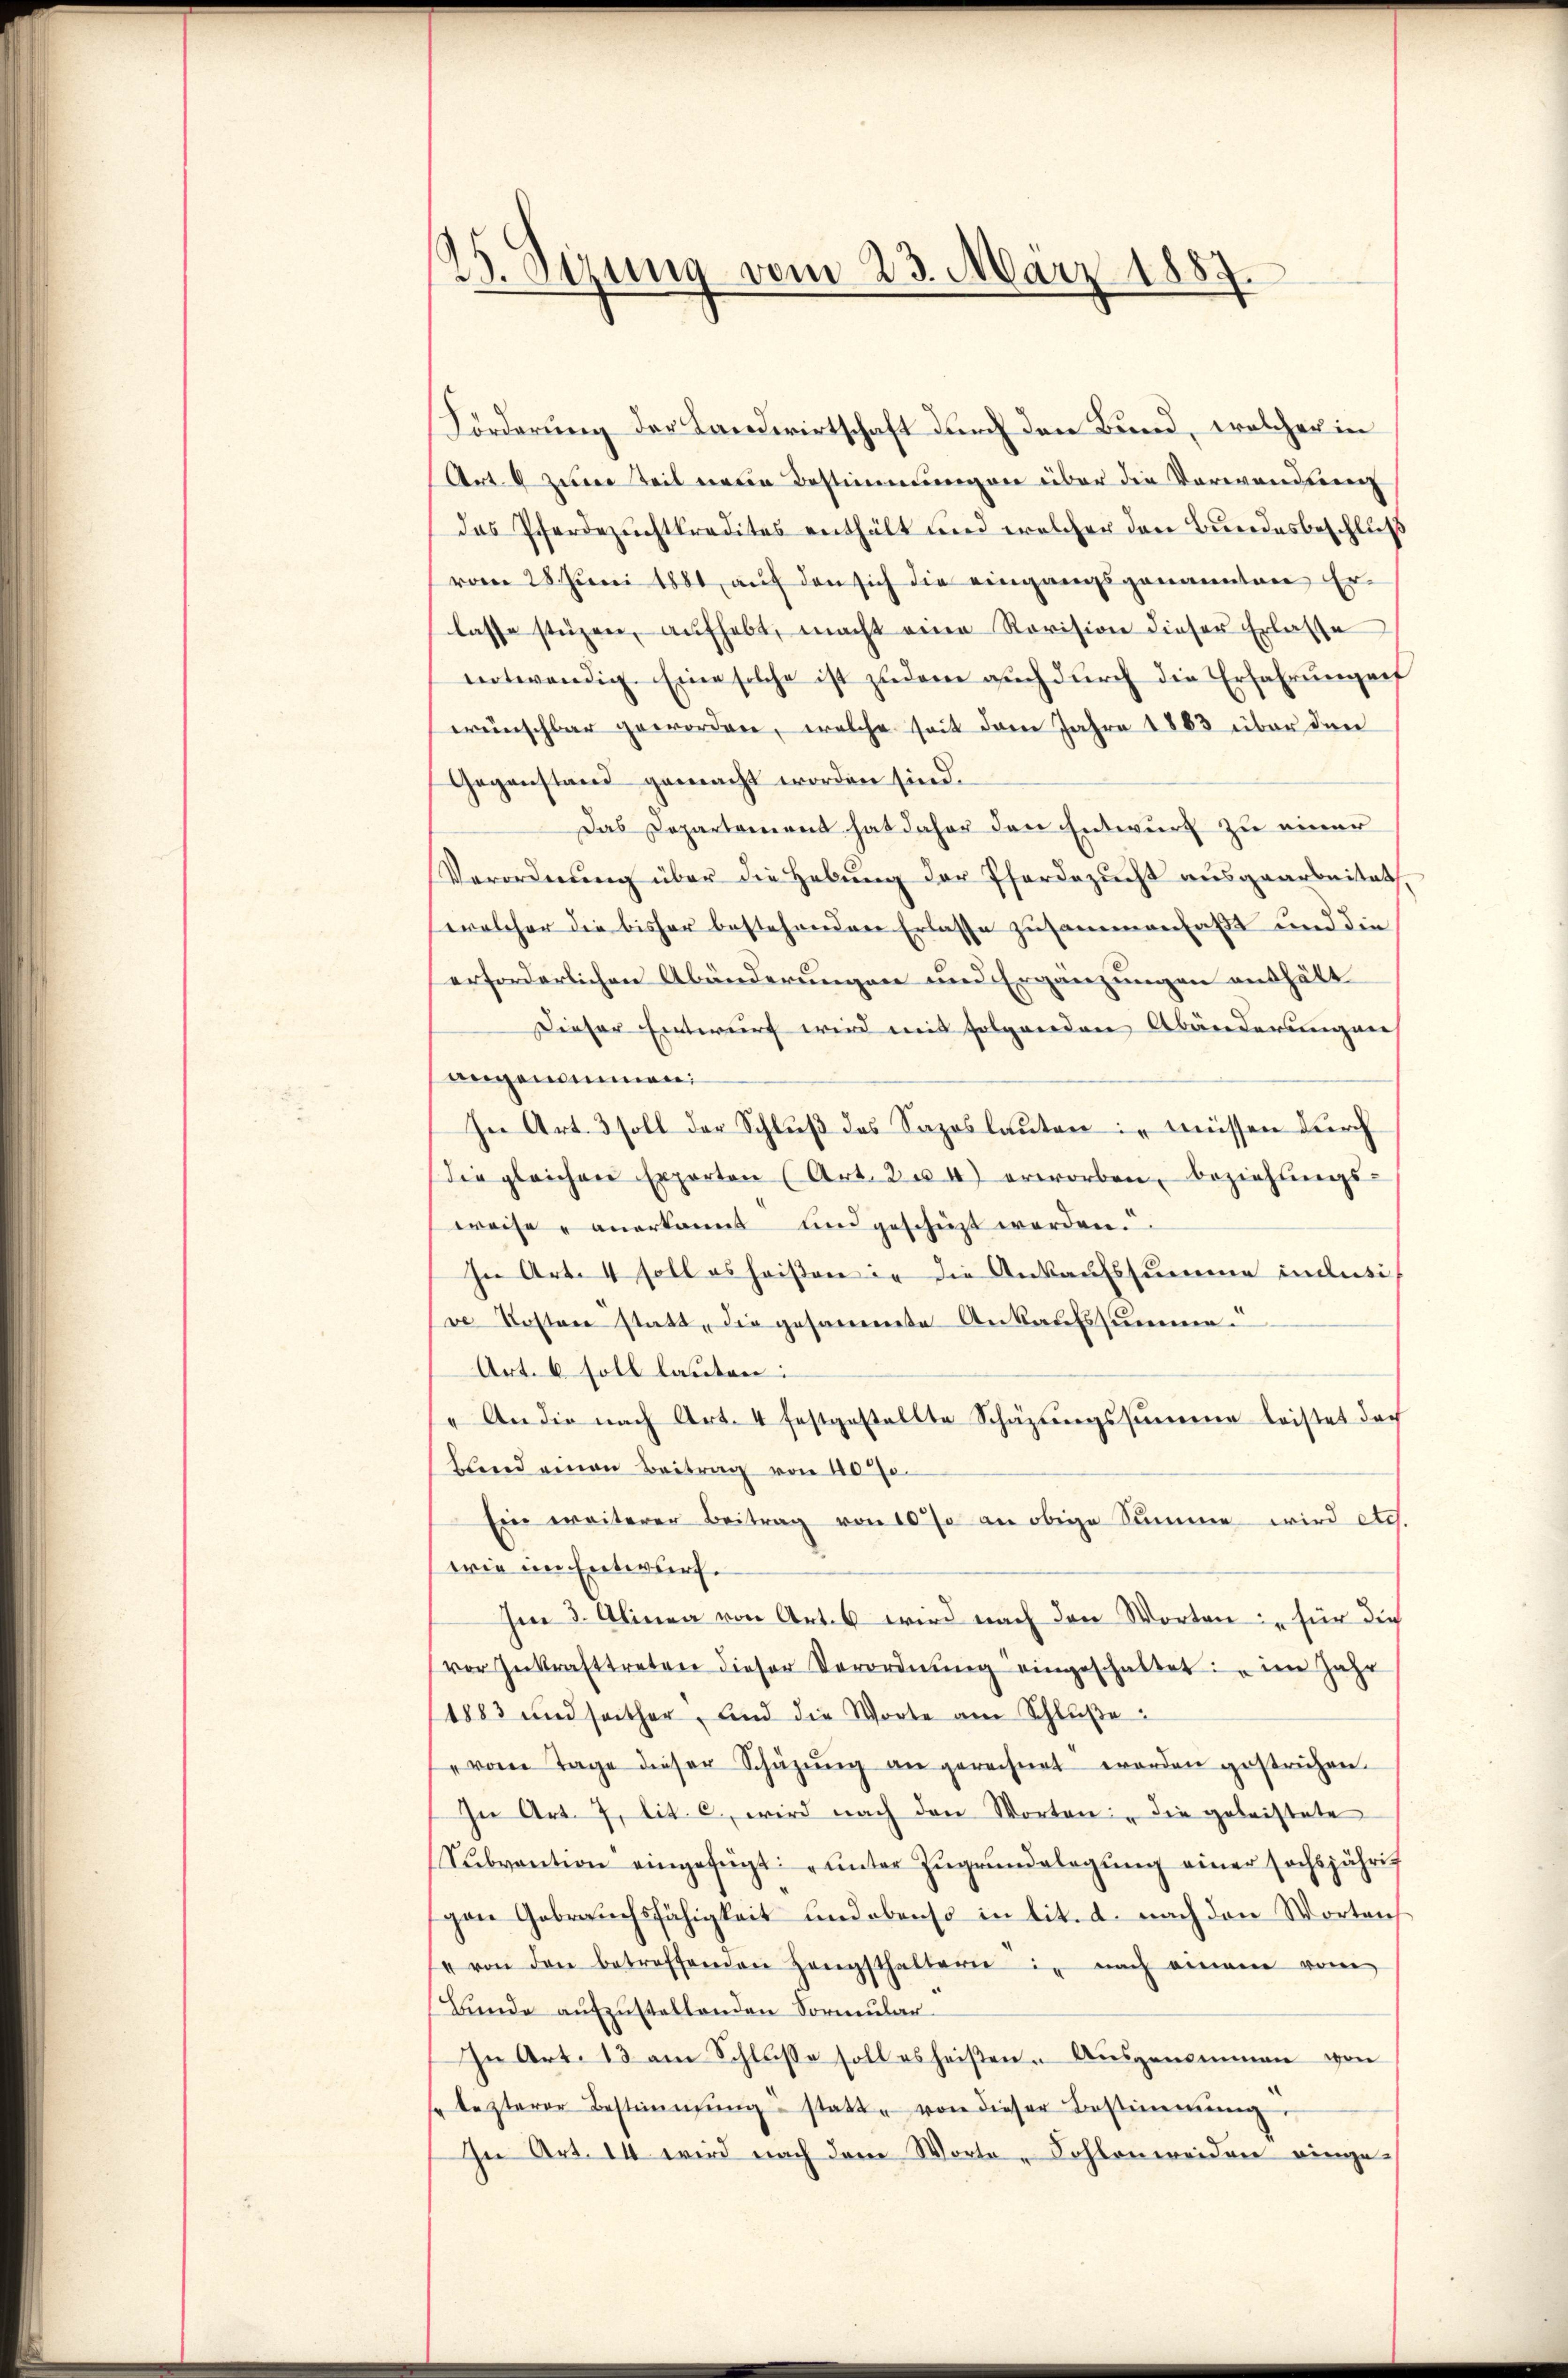
.
¬
Sizung vom 23. März 1887

Förderung der Landwirtschaft durch den Bund, welcher in
Art. 9 zum Teil neue Bestimmungen über die Verwendung
das Pferdezuchtkredites enthält und welcher den Bundesbeschluß
vom 28. Juni 1881 auf den sich die eingangsgenannten Er-
lasse stüzen, aufhebt, macht eine Revision dieser Erlasse
notwendig. Eine solche ist zudem auch durch die Erfahrungen
wünschbar geworden, welche seit dem Jahre 1883 über den
Gegenstand gemacht worden sind.
Das Departement hat daher den Entwurf zu einer
Verordnŭng über die Hebung der Pferdezucht ausgearbeitet.
welcher die bisher bestehenden Erlasse zusammenfaßt und die
erforderlichen Abänderungen und Ergänzungen enthält.
Dieser Entwurf wird mit folgenden Abänderungen
angenommen
In Art. 3 soll der Schlŭβ des Saposlaŭten müssen durch
die gleichen Experten (Art. 2. 4) erworben, beziehŭngs-
weise anerkannt und geschüzt werden.
In Art. 4 soll es heissen in die Ankaufssumme indusive Kosten statt, die gesammte Ankaufssumme.
Art. 6 soll lauten:
„An die nach Art. 4 festgestellte Schäztungssumme leistet doch
Blend einen Beitrag von 40%
Ein weiterer Beitrag von 10 % an obige Summe wird etc.
wie im Entwurf.
Im 3. Alinea von Art. 6 wird nach den Worten für die
vor Inkrafttreten dieser Verordnŭng eingeschaltet: " im Jahr
1883 und seither, und die Worte am Schlŭβe
" vom Tage dieser Schüzŭng an gerechnet worden gestrichen.
In Art. 7. lit. c., wird nach den Worten: "die geleistete
Subvention eingefügt: „unter Zŭgrŭndelegŭng einer sechsjährig
gen Gebrauchsfähigkeit und ebenso in lit. d. nach den Worten
4 von den betreffenden Hengsthaltern in nach einem vom
Bunde aufzustellenden Formular-
In Art. 13 am Schlusse soll es heißen. Ausgenommen von
" lezterer Bestimmung statte von dieser Bestimmung
In Art. 14 wird nach dem Worte - Kohlenweiden einge-